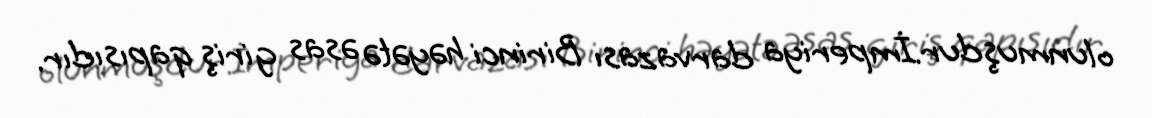
olunmuşdur.İmperiya darvazası Birinci həyətə əsas giriş qapısıdır.